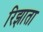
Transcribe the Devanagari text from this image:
रिझाता